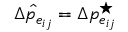
\hat { \Delta { p _ { e _ { i j } } } } = \Delta p _ { e _ { i j } } ^ { \star }